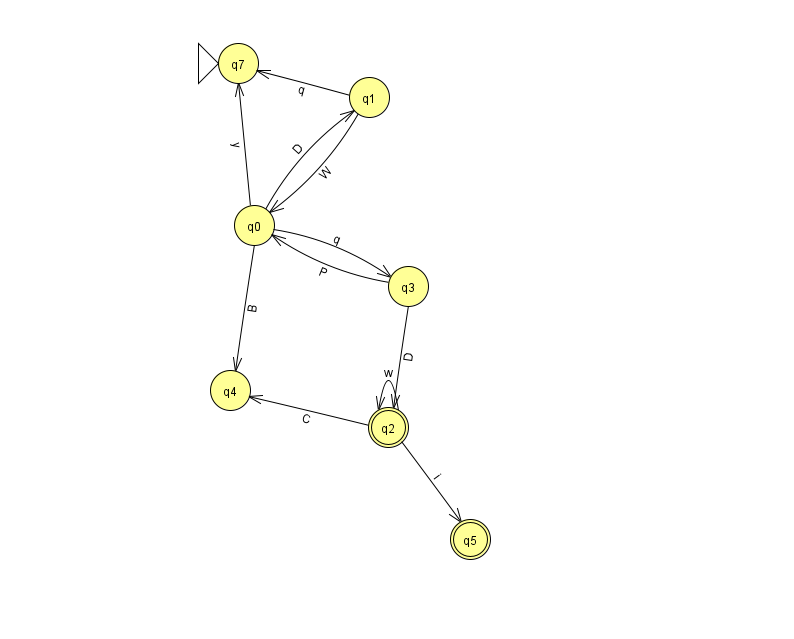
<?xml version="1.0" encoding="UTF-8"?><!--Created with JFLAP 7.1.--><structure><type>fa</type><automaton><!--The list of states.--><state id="0" name="q0"><x>254.0</x><y>212.0</y></state><state id="1" name="q1"><x>369.0</x><y>84.0</y></state><state id="2" name="q2"><x>388.0</x><y>414.0</y><final/></state><state id="3" name="q3"><x>408.0</x><y>273.0</y></state><state id="4" name="q4"><x>230.0</x><y>377.0</y></state><state id="5" name="q5"><x>470.0</x><y>526.0</y><final/></state><state id="7" name="q7"><x>238.0</x><y>50.0</y><initial/></state><!--The list of transitions.--><transition><from>0</from><to>1</to><read>D</read></transition><transition><from>0</from><to>4</to><read>B</read></transition><transition><from>2</from><to>5</to><read>i</read></transition><transition><from>1</from><to>0</to><read>W</read></transition><transition><from>0</from><to>3</to><read>q</read></transition><transition><from>0</from><to>7</to><read>y</read></transition><transition><from>2</from><to>2</to><read>w</read></transition><transition><from>3</from><to>0</to><read>P</read></transition><transition><from>2</from><to>4</to><read>C</read></transition><transition><from>1</from><to>7</to><read>q</read></transition><transition><from>3</from><to>2</to><read>D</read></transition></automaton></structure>